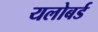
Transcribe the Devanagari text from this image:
यलोबर्ड